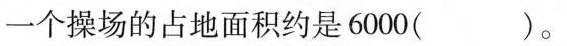
一个操场的占地面积约是6000( )。